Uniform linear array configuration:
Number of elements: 12
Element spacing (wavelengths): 0.25
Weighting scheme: kaiser
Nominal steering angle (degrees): -30
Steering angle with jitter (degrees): -30.376
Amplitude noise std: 0.05
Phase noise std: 0.05

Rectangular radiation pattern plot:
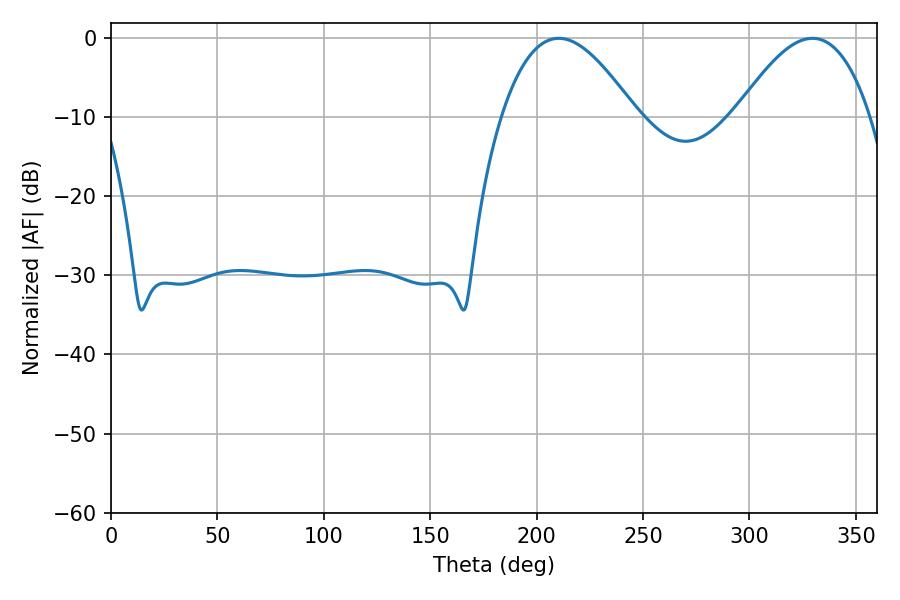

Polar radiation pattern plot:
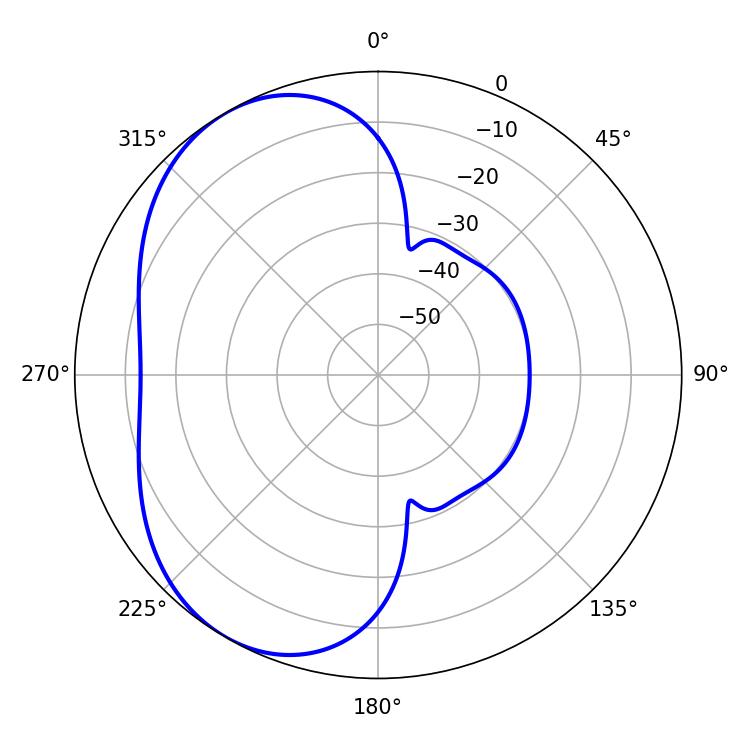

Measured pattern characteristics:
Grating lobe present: FALSE
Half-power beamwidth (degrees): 34.38
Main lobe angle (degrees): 210.42